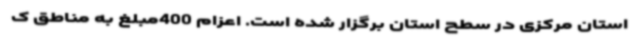
استان مرکزی در سطح استان برگزار شده است. اعزام 400مبلغ به مناطق ک